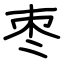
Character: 枣